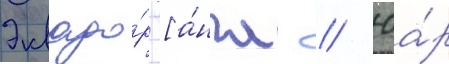
Эквадо́р [а́нгл. // Юа́р